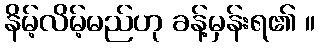
နိမ့်လိမ့်မည်ဟု ခန့်မှန်းရ၏ ။